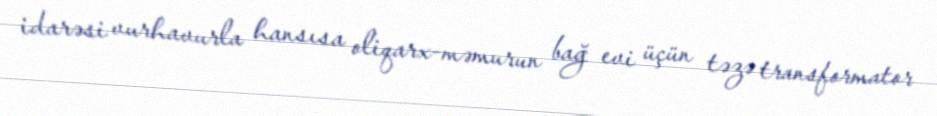
idarəsi vurhavurla hansısa oliqarx-məmurun bağ evi üçün təzə transformator